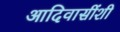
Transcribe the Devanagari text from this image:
आदिवासींशी